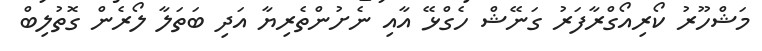
މަޝްހޫރު ކޯރިއޯގްރާފަރު ގަނޭޝް ހެގްޅޭ އާއި ނެށުންތެރިޔާ އަދި ބަތަލާ ލޯރެން ގޮތުލިބް